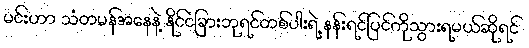
မင်းဟာ သံတမန်အနေနဲ့ နိုင်ငံခြားဘုရင်တစ်ပါးရဲ့ နန်းရင်ပြင်ကိုသွားရမယ်ဆိုရင်